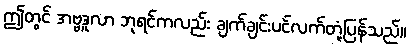
ဤတွင် အဗ္ဗဒူလာ ဘုရင်ကလည်း ချက်ချင်းပင်လက်တုံ့ပြန်သည်။